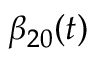
\beta _ { 2 0 } ( t )